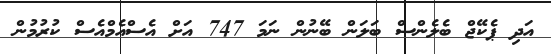
އަދި ޕެކޭޖް ބެލެންސް ބަލަން ބޭނުން ނަމަ 747 އަށް އެސްއެމްއެސް ކުރުމުން